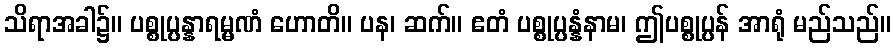
သိရာအခါ၌။ ပစ္စုပ္ပန္နာရမ္မဏံ ဟောတိ။ ပန၊ ဆက်။ ဧတံ ပစ္စုပ္ပန္နံနာမ၊ ဤပစ္စုပ္ပန် အာရုံ မည်သည်။